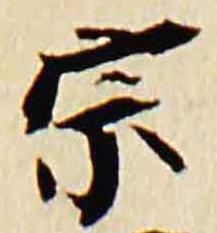
宗